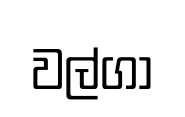
වල්ගා